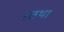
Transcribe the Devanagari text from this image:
।तथा